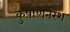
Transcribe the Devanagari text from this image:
कुषाणनरेश